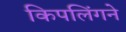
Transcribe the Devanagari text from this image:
किपलिंगने